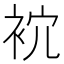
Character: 𧙇